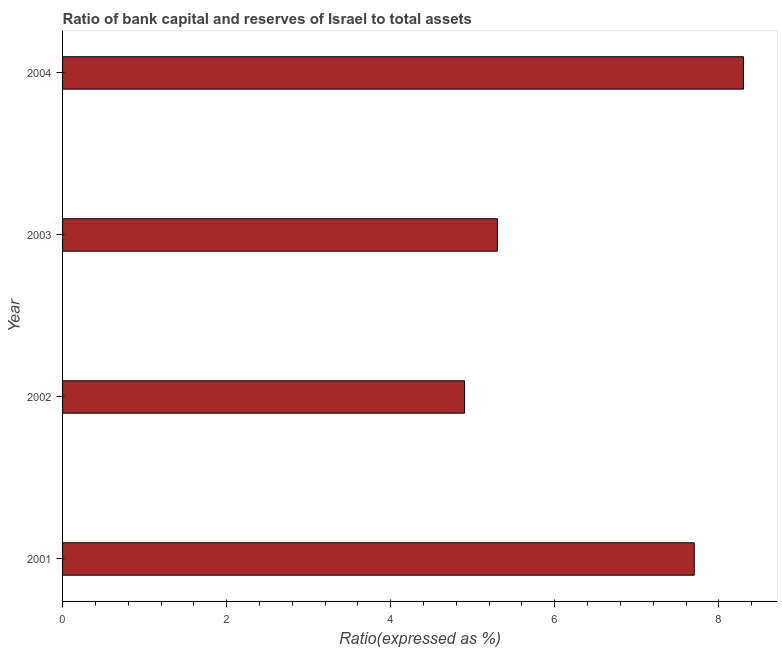
| Year | Bank capital to assets ratio |
 | --- | --- |
 | 2001 | 7.7 |
 | 2002 | 4.9 |
 | 2003 | 5.3 |
 | 2004 | 8.3 |